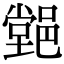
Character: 𨝦